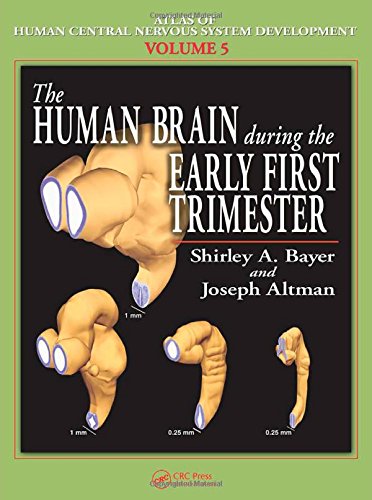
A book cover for Atlas of Human Central Nervous System Development -5 Volume Set: The Human Brain During the Early First Trimester; Shirley A. Bayer; Medical Books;